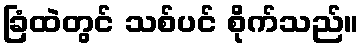
ခြံထဲတွင် သစ်ပင် စိုက်သည်။